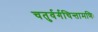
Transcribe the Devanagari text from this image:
चतुर्वर्गचिन्तामणिः